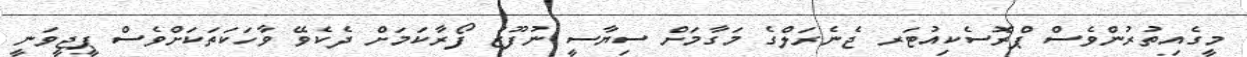
މީގެއިތުރުންވެސް ޕްރޮސެކިއުޓަރ ޖެނެރަލްގެ މަގާމަށް ސިޔާސީ ނުފޫޒު ފޯރާކަމަށް ދެކެވޭ ވާހަކަތަކަށްވެސް ޕީޖީވަނީ